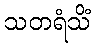
သတရံသိံ